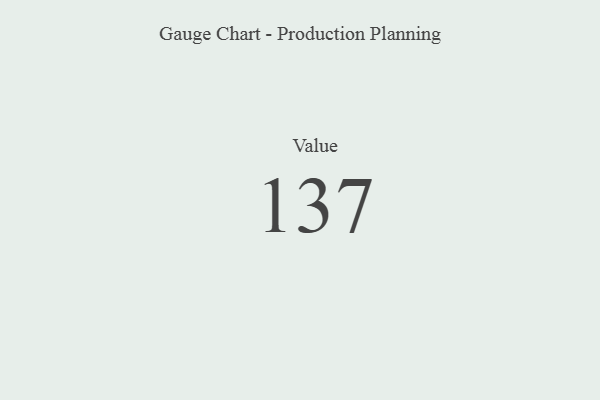
{"axis": {"x": "Metric", "y": "Value"}, "legend": [""], "data": [{"x": "Value", "y": 137, "type": ""}]}